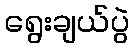
ရွေးချယ်ပွဲ